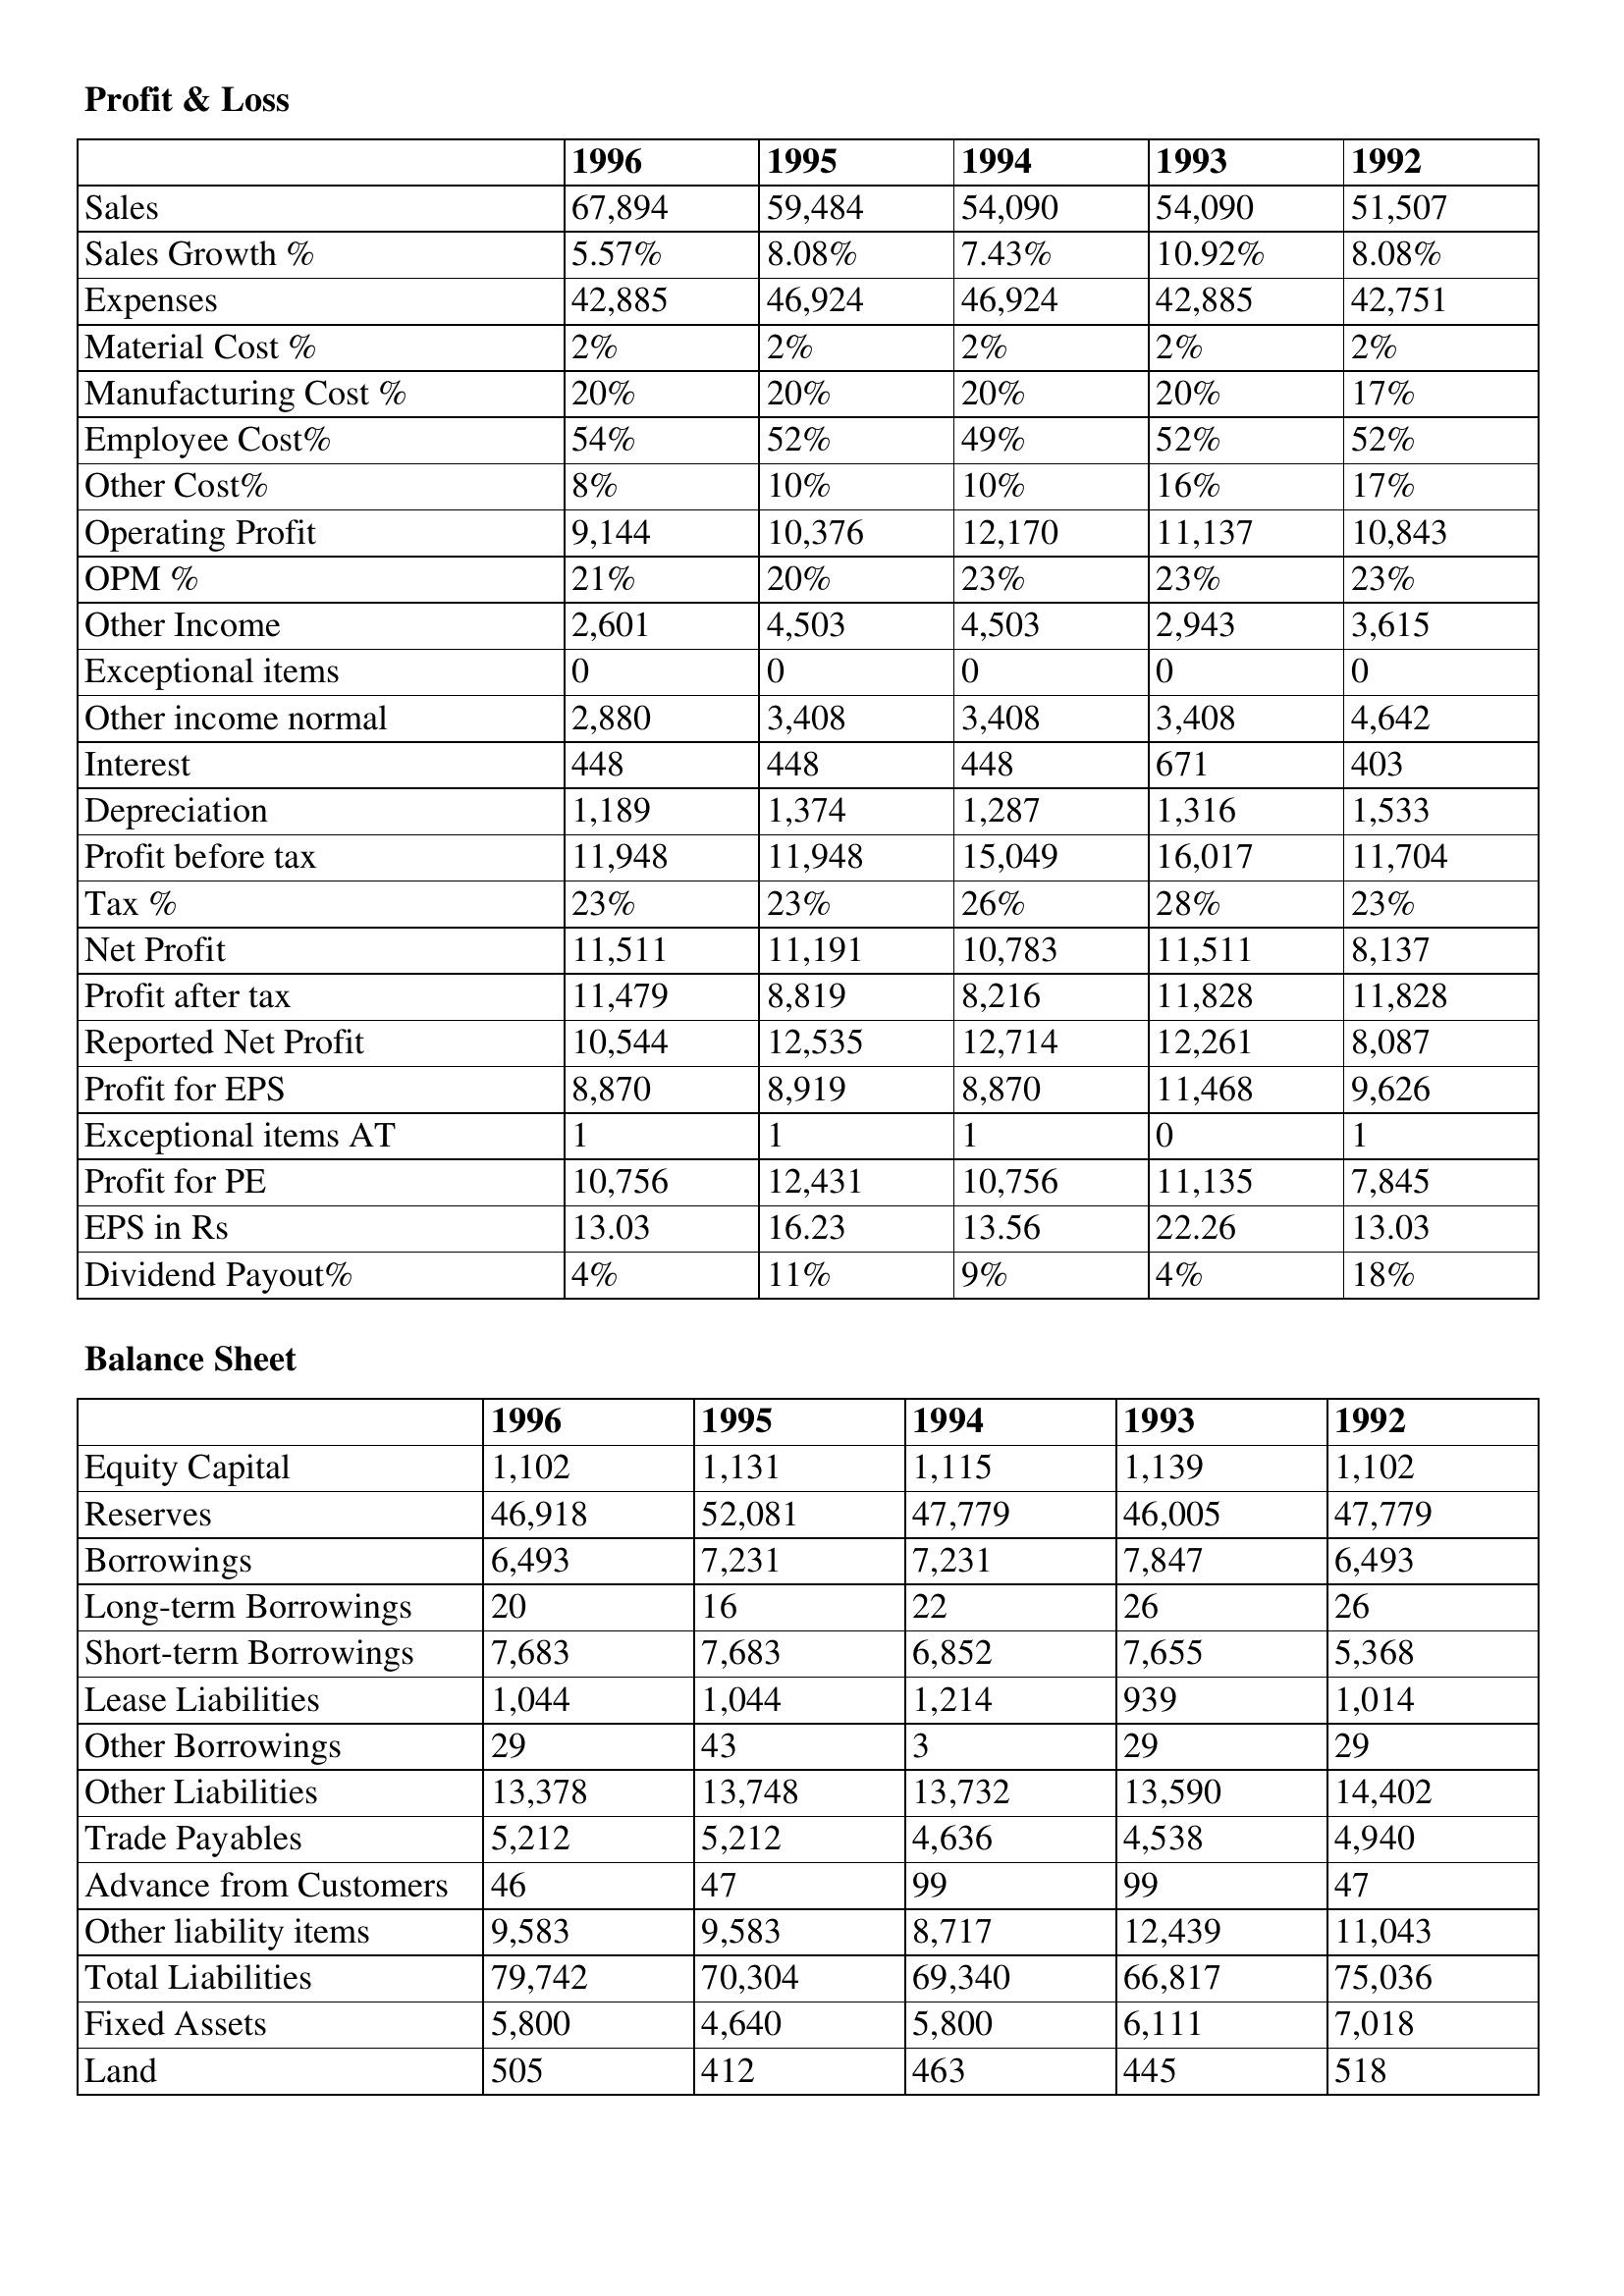
gt_parse: 1996: Profit & Loss: Sales: 67,894
Sales Growth %: 5.57%
Expenses: 42,885
Material Cost %: 2%
Manufacturing Cost %: 20%
Employee Cost%: 54%
Other Cost%: 8%
Operating Profit: 9,144
OPM %: 21%
Other Income: 2,601
Exceptional items: 0
Other income normal: 2,880
Interest: 448
Depreciation: 1,189
Profit before tax: 11,948
Tax %: 23%
Net Profit: 11,511
Profit after tax: 11,479
Reported Net Profit: 10,544
Profit for EPS: 8,870
Exceptional items AT: 1
Profit for PE: 10,756
EPS in Rs: 13.03
Dividend Payout%: 4%
Balance Sheet: Equity Capital: 1,102
Reserves: 46,918
Borrowings: 6,493
Long-term Borrowings: 20
Short-term Borrowings: 7,683
Lease Liabilities: 1,044
Other Borrowings: 29
Other Liabilities: 13,378
Trade Payables: 5,212
Advance from Customers: 46
Other liability items: 9,583
Total Liabilities: 79,742
Fixed Assets: 5,800
Land: 505
1995: Profit & Loss: Sales: 59,484
Sales Growth %: 8.08%
Expenses: 46,924
Material Cost %: 2%
Manufacturing Cost %: 20%
Employee Cost%: 52%
Other Cost%: 10%
Operating Profit: 10,376
OPM %: 20%
Other Income: 4,503
Exceptional items: 0
Other income normal: 3,408
Interest: 448
Depreciation: 1,374
Profit before tax: 11,948
Tax %: 23%
Net Profit: 11,191
Profit after tax: 8,819
Reported Net Profit: 12,535
Profit for EPS: 8,919
Exceptional items AT: 1
Profit for PE: 12,431
EPS in Rs: 16.23
Dividend Payout%: 11%
Balance Sheet: Equity Capital: 1,131
Reserves: 52,081
Borrowings: 7,231
Long-term Borrowings: 16
Short-term Borrowings: 7,683
Lease Liabilities: 1,044
Other Borrowings: 43
Other Liabilities: 13,748
Trade Payables: 5,212
Advance from Customers: 47
Other liability items: 9,583
Total Liabilities: 70,304
Fixed Assets: 4,640
Land: 412
1994: Profit & Loss: Sales: 54,090
Sales Growth %: 7.43%
Expenses: 46,924
Material Cost %: 2%
Manufacturing Cost %: 20%
Employee Cost%: 49%
Other Cost%: 10%
Operating Profit: 12,170
OPM %: 23%
Other Income: 4,503
Exceptional items: 0
Other income normal: 3,408
Interest: 448
Depreciation: 1,287
Profit before tax: 15,049
Tax %: 26%
Net Profit: 10,783
Profit after tax: 8,216
Reported Net Profit: 12,714
Profit for EPS: 8,870
Exceptional items AT: 1
Profit for PE: 10,756
EPS in Rs: 13.56
Dividend Payout%: 9%
Balance Sheet: Equity Capital: 1,115
Reserves: 47,779
Borrowings: 7,231
Long-term Borrowings: 22
Short-term Borrowings: 6,852
Lease Liabilities: 1,214
Other Borrowings: 3
Other Liabilities: 13,732
Trade Payables: 4,636
Advance from Customers: 99
Other liability items: 8,717
Total Liabilities: 69,340
Fixed Assets: 5,800
Land: 463
1993: Profit & Loss: Sales: 54,090
Sales Growth %: 10.92%
Expenses: 42,885
Material Cost %: 2%
Manufacturing Cost %: 20%
Employee Cost%: 52%
Other Cost%: 16%
Operating Profit: 11,137
OPM %: 23%
Other Income: 2,943
Exceptional items: 0
Other income normal: 3,408
Interest: 671
Depreciation: 1,316
Profit before tax: 16,017
Tax %: 28%
Net Profit: 11,511
Profit after tax: 11,828
Reported Net Profit: 12,261
Profit for EPS: 11,468
Exceptional items AT: 0
Profit for PE: 11,135
EPS in Rs: 22.26
Dividend Payout%: 4%
Balance Sheet: Equity Capital: 1,139
Reserves: 46,005
Borrowings: 7,847
Long-term Borrowings: 26
Short-term Borrowings: 7,655
Lease Liabilities: 939
Other Borrowings: 29
Other Liabilities: 13,590
Trade Payables: 4,538
Advance from Customers: 99
Other liability items: 12,439
Total Liabilities: 66,817
Fixed Assets: 6,111
Land: 445
1992: Profit & Loss: Sales: 51,507
Sales Growth %: 8.08%
Expenses: 42,751
Material Cost %: 2%
Manufacturing Cost %: 17%
Employee Cost%: 52%
Other Cost%: 17%
Operating Profit: 10,843
OPM %: 23%
Other Income: 3,615
Exceptional items: 0
Other income normal: 4,642
Interest: 403
Depreciation: 1,533
Profit before tax: 11,704
Tax %: 23%
Net Profit: 8,137
Profit after tax: 11,828
Reported Net Profit: 8,087
Profit for EPS: 9,626
Exceptional items AT: 1
Profit for PE: 7,845
EPS in Rs: 13.03
Dividend Payout%: 18%
Balance Sheet: Equity Capital: 1,102
Reserves: 47,779
Borrowings: 6,493
Long-term Borrowings: 26
Short-term Borrowings: 5,368
Lease Liabilities: 1,014
Other Borrowings: 29
Other Liabilities: 14,402
Trade Payables: 4,940
Advance from Customers: 47
Other liability items: 11,043
Total Liabilities: 75,036
Fixed Assets: 7,018
Land: 518